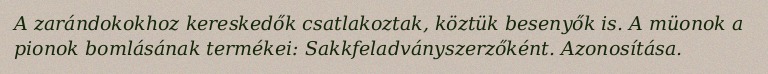
A zarándokokhoz kereskedők csatlakoztak, köztük besenyők is. A müonok a pionok bomlásának termékei: Sakkfeladványszerzőként. Azonosítása.